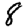
Digit: 8